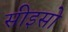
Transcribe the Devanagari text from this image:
सीइसो